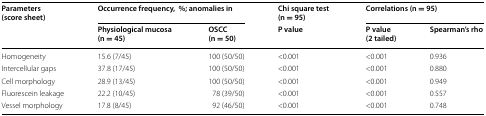
| <ROWSPAN=2> Parameters (score sheet) | <COLSPAN=2> Occurrence frequency,%; anomalies in | Chi square test (n = 95) | <COLSPAN=2> Correlations (n = 95) |
 | Physiological mucosa (n = 45) | OSCC (n = 50) | P value | P value (2 tailed) | Spearman’s rho |
 | --- | --- | --- | --- | --- | --- |
 | Homogeneity | 15.6 (7/45) | 100 (50/50) | <0.001 | <0.001 | 0.936 |
 | Intercellular gaps | 37.8 (17/45) | 100 (50/50) | <0.001 | <0.001 | 0.880 |
 | Cell morphology | 28.9 (13/45) | 100 (50/50) | <0.001 | <0.001 | 0.949 |
 | Fluorescein leakage | 22.2 (10/45) | 78 (39/50) | <0.001 | <0.001 | 0.557 |
 | Vessel morphology | 17.8 (8/45) | 92 (46/50) | <0.001 | <0.001 | 0.748 |